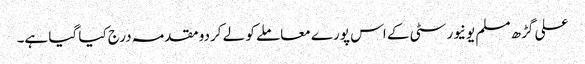
علی گڑھ مسلم یونیورسٹی کے اس پورے معاملے کو لے کردو مقدمہ درج کیا گیا ہے۔